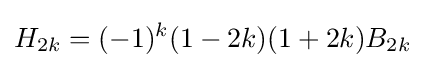
H_{2k}=(-1)^{k}(1-2k)(1+2k)B_{2k}